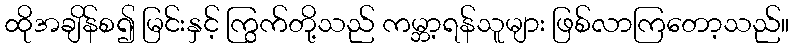
ထိုအချိန်စ၍ မြင်းနှင့် ကြွက်တို့သည် ကမ္ဘာ့ရန်သူများ ဖြစ်လာကြတော့သည်။